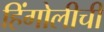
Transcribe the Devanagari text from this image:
हिंगोलीची